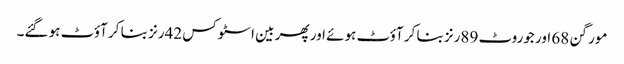
مورگن 68 اور جوروٹ 89رنز بنا کر آؤٹ ہوئے اور پھر بین اسٹوکس 42رنز بنا کر آؤٹ ہو گئے۔